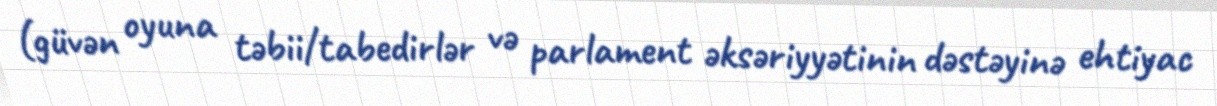
(güvən oyuna təbii/tabedirlər və parlament əksəriyyətinin dəstəyinə ehtiyac